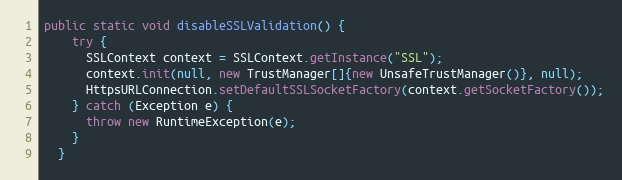
Language: Java
public static void disableSSLValidation() {
    try {
      SSLContext context = SSLContext.getInstance("SSL");
      context.init(null, new TrustManager[]{new UnsafeTrustManager()}, null);
      HttpsURLConnection.setDefaultSSLSocketFactory(context.getSocketFactory());
    } catch (Exception e) {
      throw new RuntimeException(e);
    }
  }